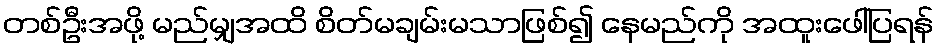
တစ်ဦးအဖို့ မည်မျှအထိ စိတ်မချမ်းမသာဖြစ်၍ နေမည်ကို အထူးဖေါ်ပြရန်